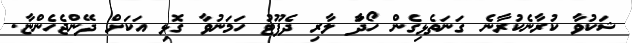
ޝަކުވާ ކުރާނެކުރާނެ ގަނަތެޅިގެން ހޯދަާ ލާރި ދެފޫޓު ހަމަނުވާ ގޮޅި އަކަަށް ދޭންޖެހެންޏާ.